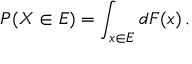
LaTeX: P ( X \in E ) = \int _ { x \in E } d F ( x ) \, .